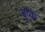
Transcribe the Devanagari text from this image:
बुप्क